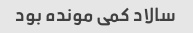
سالاد کمی مونده بود